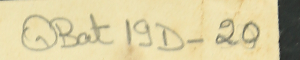
QBat19D-20